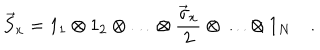
\vec { S } _ { x } = 1 _ { 1 } \otimes 1 _ { 2 } \otimes \ldots \otimes \frac { \vec { \sigma } _ { x } } { 2 } \otimes \ldots \otimes 1 _ { N } \quad .